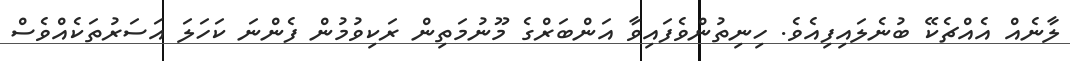
ލާނެއް އެއްޗެކޭ ބުނެލައިފިއެވެ. ހިނިތުންވެފައިވާ އަންބަރްގެ މޫނުމަތިން ރަކިވުމުން ފެންނަ ކަހަލަ އަސަރުތަކެއްވެސް